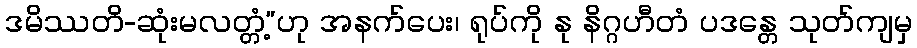
ဒမိဿတိ-ဆုံးမလတ္တံ့”ဟု အနက်ပေး၊ ရုပ်ကို နု နိဂ္ဂဟီတံ ပဒန္တေ သုတ်ကျမှ